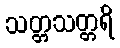
သတ္တသတ္တရိ